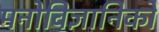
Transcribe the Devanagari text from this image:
मनोविज्ञानिको